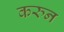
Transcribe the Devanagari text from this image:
करुन